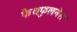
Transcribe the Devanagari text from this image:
फैथफुलनेस